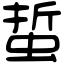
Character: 蜇